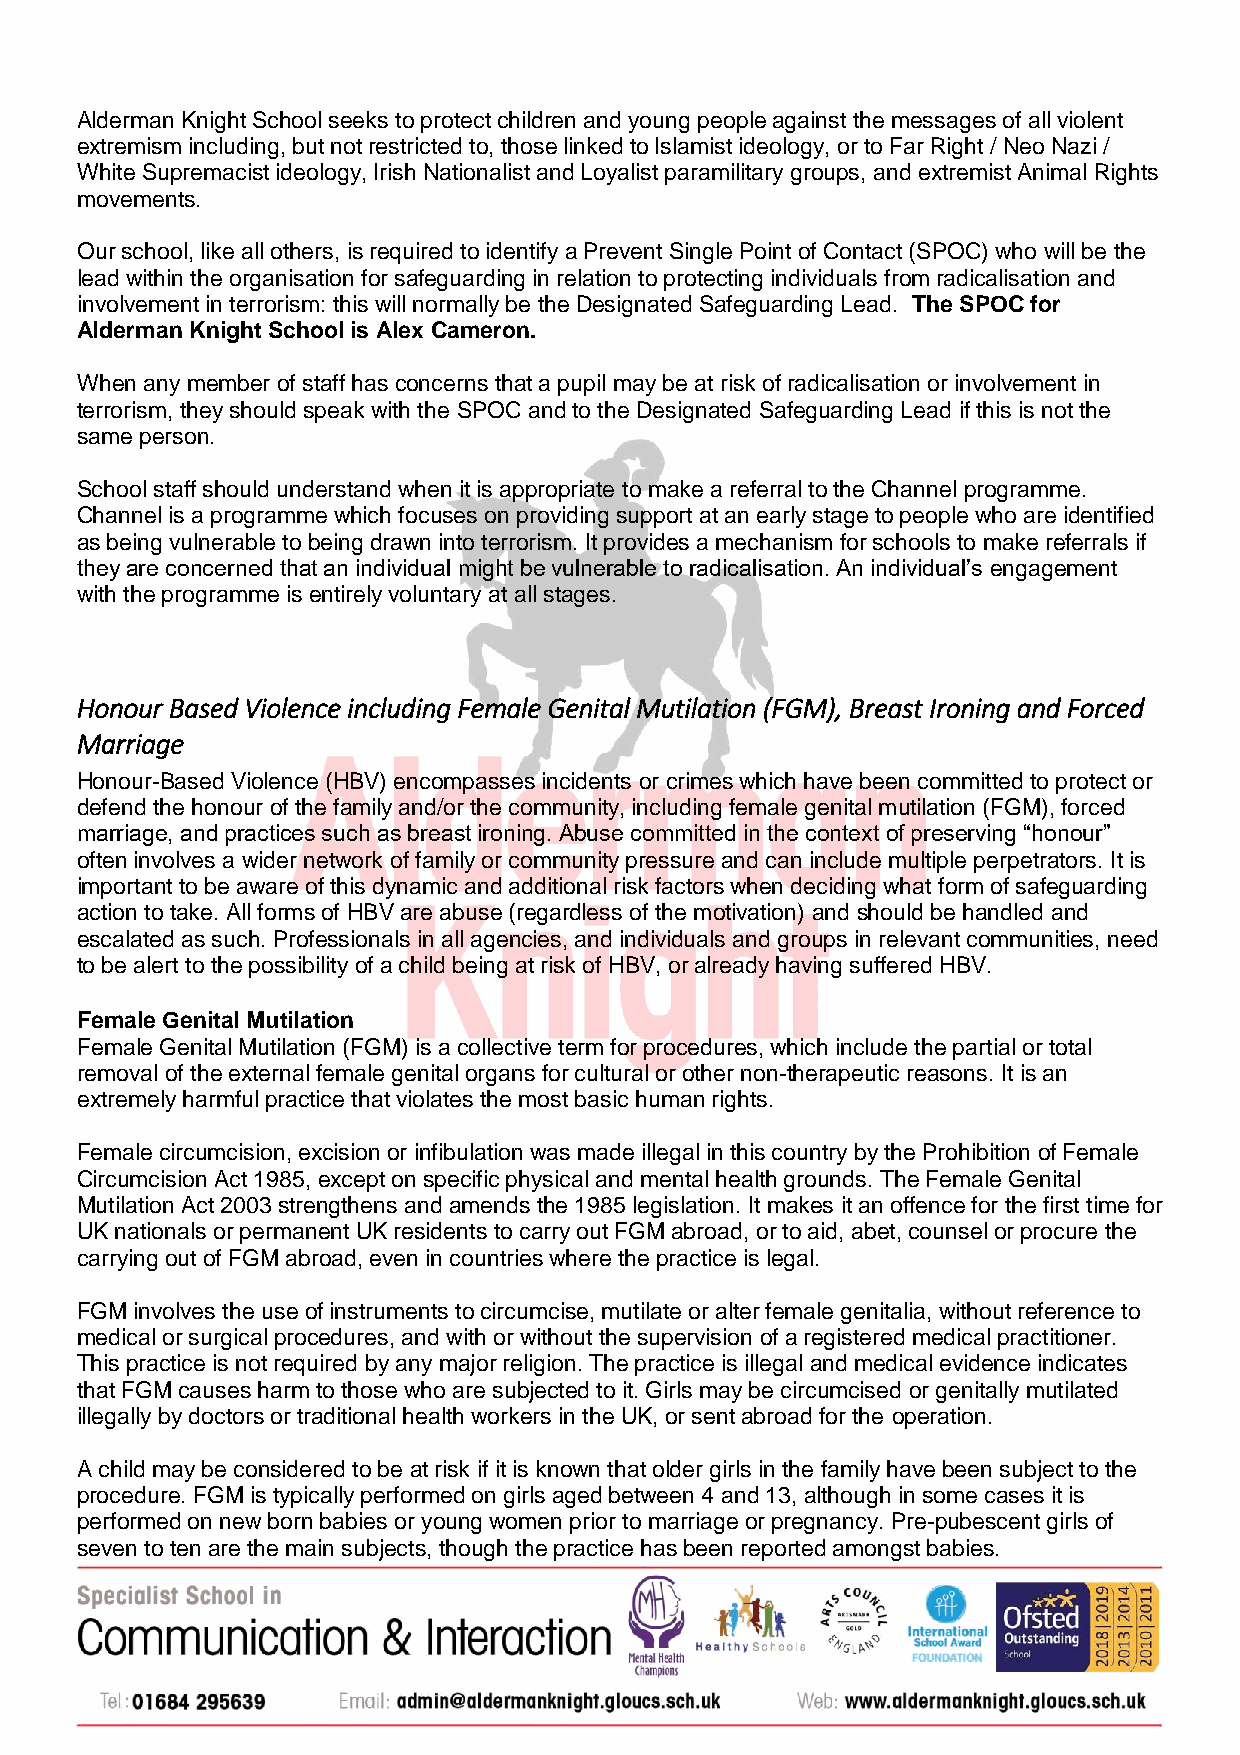
Alderman Knight School seeks to protect children and young people against the messages of all violent
 extremism including, but not restricted to, those linked to Islamist ideology, or to Far Right / Neo Nazi /
 White Supremacist ideology, Irish Nationalist and Loyalist paramilitary groups, and extremist Animal Rights
 movements.
 Our school, like all others, is required to identify a Prevent Single Point of Contact (SPOC) who will be the
 lead within the organisation for safeguarding in relation to protecting individuals from radicalisation and
 involvement in terrorism: this will normally be the Designated Safeguarding Lead. The SPOC for
 Alderman Knight School is Alex Cameron.
 When any member of staff has concerns that a pupil may be at risk of radicalisation or involvement in
 terrorism, they should speak with the SPOC and to the Designated Safeguarding Lead if this is not the
 same person.
 School staff should understand when it is appropriate to make a referral to the Channel programme.
 Channel is a programme which focuses on providing support at an early stage to people who are identified
 as being vulnerable to being drawn into terrorism. It provides a mechanism for schools to make referrals if
 they are concerned that an individual might be vulnerable to radicalisation. An individual’s engagement
 with the programme is entirely voluntary at all stages.
 Honour Based Violence including Female Genital Mutilation (FGM), Breast Ironing and Forced
 Marriage
 Honour-Based Violence (HBV) encompasses incidents or crimes which have been committed to protect or
 defend the honour of the family and/or the community, including female genital mutilation (FGM), forced
 marriage, and practices such as breast ironing. Abuse committed in the context of preserving “honour”
 often involves a wider network of family or community pressure and can include multiple perpetrators. It is
 important to be aware of this dynamic and additional risk factors when deciding what form of safeguarding
 action to take. All forms of HBV are abuse (regardless of the motivation) and should be handled and
 escalated as such. Professionals in all agencies, and individuals and groups in relevant communities, need
 to be alert to the possibility of a child being at risk of HBV, or already having suffered HBV.
 Female Genital Mutilation
 Female Genital Mutilation (FGM) is a collective term for procedures, which include the partial or total
 removal of the external female genital organs for cultural or other non-therapeutic reasons. It is an
 extremely harmful practice that violates the most basic human rights.
 Female circumcision, excision or infibulation was made illegal in this country by the Prohibition of Female
 Circumcision Act 1985, except on specific physical and mental health grounds. The Female Genital
 Mutilation Act 2003 strengthens and amends the 1985 legislation. It makes it an offence for the first time for
 UK nationals or permanent UK residents to carry out FGM abroad, or to aid, abet, counsel or procure the
 carrying out of FGM abroad, even in countries where the practice is legal.
 FGM involves the use of instruments to circumcise, mutilate or alter female genitalia, without reference to
 medical or surgical procedures, and with or without the supervision of a registered medical practitioner.
 This practice is not required by any major religion. The practice is illegal and medical evidence indicates
 that FGM causes harm to those who are subjected to it. Girls may be circumcised or genitally mutilated
 illegally by doctors or traditional health workers in the UK, or sent abroad for the operation.
 A child may be considered to be at risk if it is known that older girls in the family have been subject to the
 procedure. FGM is typically performed on girls aged between 4 and 13, although in some cases it is
 performed on new born babies or young women prior to marriage or pregnancy. Pre-pubescent girls of
 seven to ten are the main subjects, though the practice has been reported amongst babies.